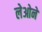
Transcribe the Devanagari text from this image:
लेओने